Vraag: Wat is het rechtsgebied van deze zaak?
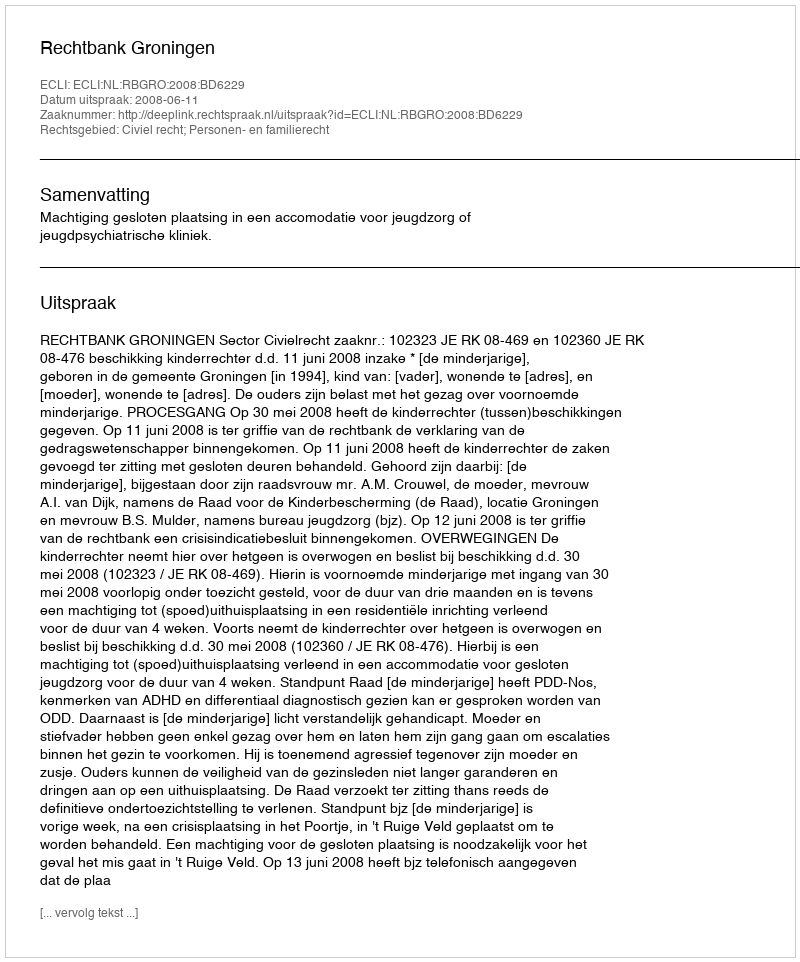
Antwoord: Civiel recht; Personen- en familierecht